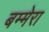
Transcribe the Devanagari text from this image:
बम्मेरा